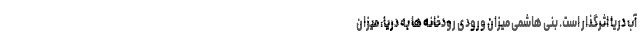
آب دریا اثرگذار است. بنی هاشمی میزان ورودی رودخانه ها به دریا، میزان